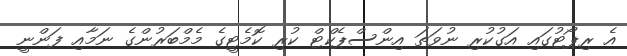
އެ ރިޕޯޓުގައި އަގުކުރި ނުވަތަ އިންސްޕެކްޓް ކުރި ކޮމެޓީގެ މެމްބަރުންގެ ނަމާއި ފަންނީ